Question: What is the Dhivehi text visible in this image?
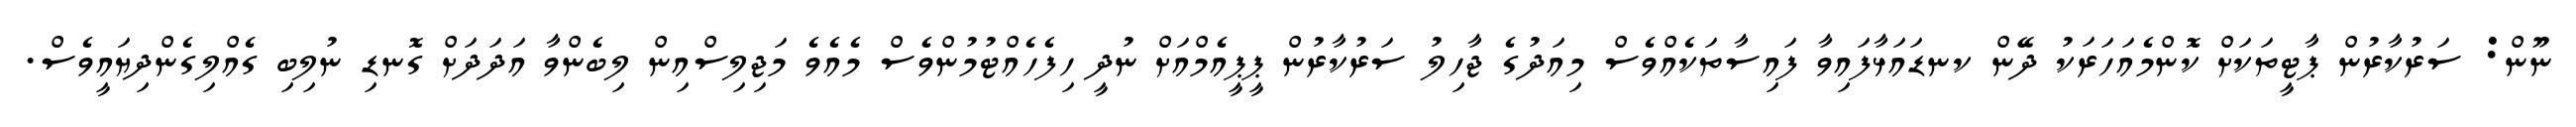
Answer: ނޫން: ސަރުކާރުން ޕާޓީތަކަށް ކޮންމެއަހަރަކު ދޭން ކނޑައަޅާފައިވާ ފައިސާތަކެއްވެސް މިއަދުގެ ޖާހިލު ސަރުކާރުން ޕީޕީއެމްއަށް ނުދީ ހިފެހެއްޓުމުންވެސް މެއެވެ މަޖިލިސްއިން ލިބެންވާ އަދަދަށް ގޮނޑި ނުލިބި ގެއްލިގެންދިޔައީވެސް.